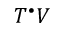
T ^ { \bullet } V